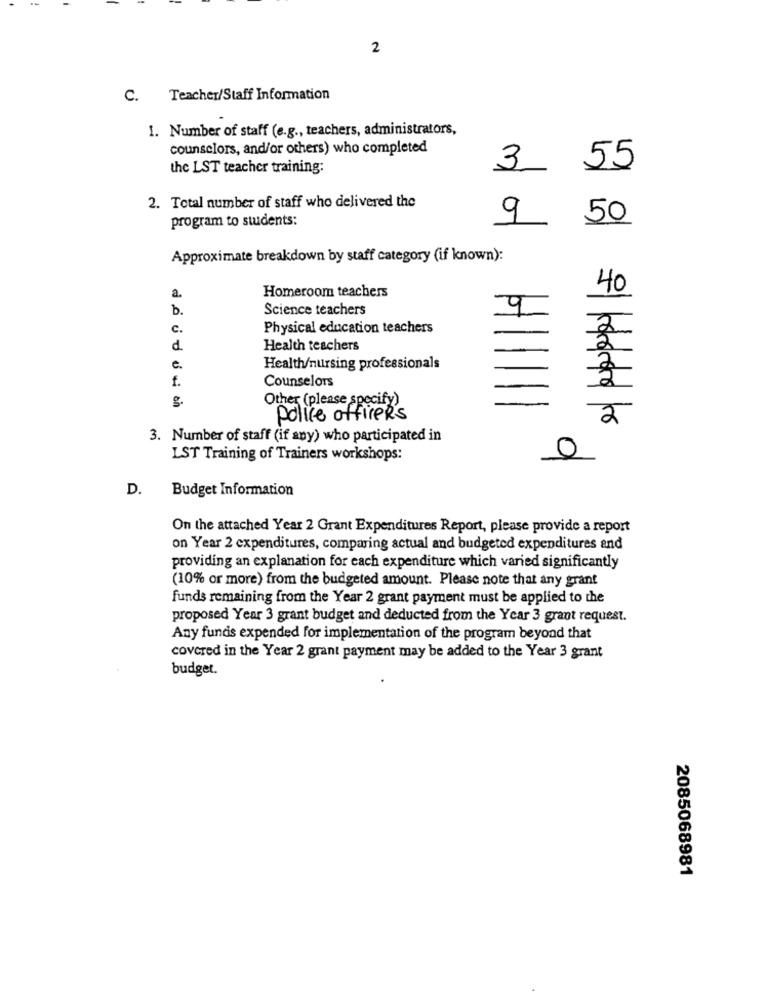
2
C. Teacher/Staff Information
1. Number of staff (e.g ., teachers, administrators,
counselors, and/or others) who completed
the LST teacher training:
3
55
2. Total number of staff who delivered the
program to students:
9
50
Approximate breakdown by staff category (if known):
Homeroom teachers
40
a
b.
Science teachers
c.
Physical education teachers
-
2
d.
Health teachers
e.
Health/nursing professionals
f
Counselors
Other (please specify)
police officers
2
3. Number of staff (if any) who participated in
LST Training of Trainers workshops:
0
D.
Budget Information
On the attached Year 2 Grant Expenditures Report, please provide a report
on Year 2 expenditures, comparing actual and budgeted expenditures and
providing an explanation for each expenditure which varied significantly
(10% or more) from the budgeted amount. Please note that any grant
funds remaining from the Year 2 grant payment must be applied to the
proposed Year 3 grant budget and deducted from the Year 3 grant request.
Any fundis expended for implementation of the program beyond that
covered in the Year 2 grant payment may be added to the Year 3 grant
budget.
2085068981